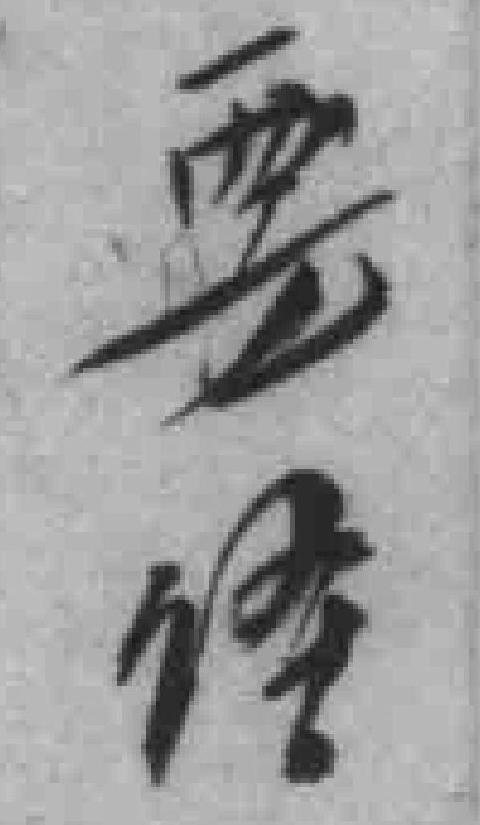
要径